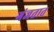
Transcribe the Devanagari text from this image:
गंजतात